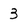
Character: 3